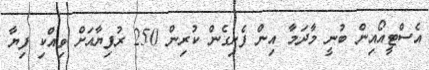
އެސްޓީއޯއިން ބުނީ މާދަމާ އިން ފެށިގެން ކުރިން 250 ރުފިޔާއަށް ވިއްކި ފިޔާ